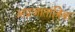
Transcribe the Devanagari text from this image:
अप्रजातांत्रिक